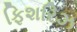
ફિશરિઝ